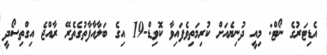
އެޑިޓަރުގެ ނޯޓް: މިއީ ދުނިޔެއަށް ކުރިމަތިވެފައިވާ ކޮވިޑް-19 އިގެ ބަލާއާފާތުގެތެރޭ ރާއްޖެ އިގްތިސޯދީ